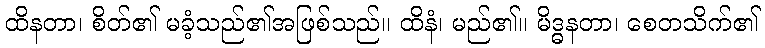
ထိနတာ၊ စိတ်၏ မခံ့သည်၏အဖြစ်သည်။ ထိနံ၊ မည်၏။ မိဒ္ဓနတာ၊ စေတသိက်၏